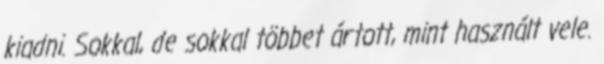
kiadni. Sokkal, de sokkal többet ártott, mint használt vele.